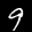
Label: 9